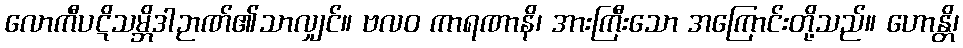
လောကီပဋိသမ္ဘိဒါဉာဏ်၏သာလျှင်။ ဗလဝ ကာရဏာနိ၊ အားကြီးသော အကြောင်းတို့သည်။ ဟောန္တိ၊